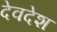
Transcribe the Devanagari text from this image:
देवदेश